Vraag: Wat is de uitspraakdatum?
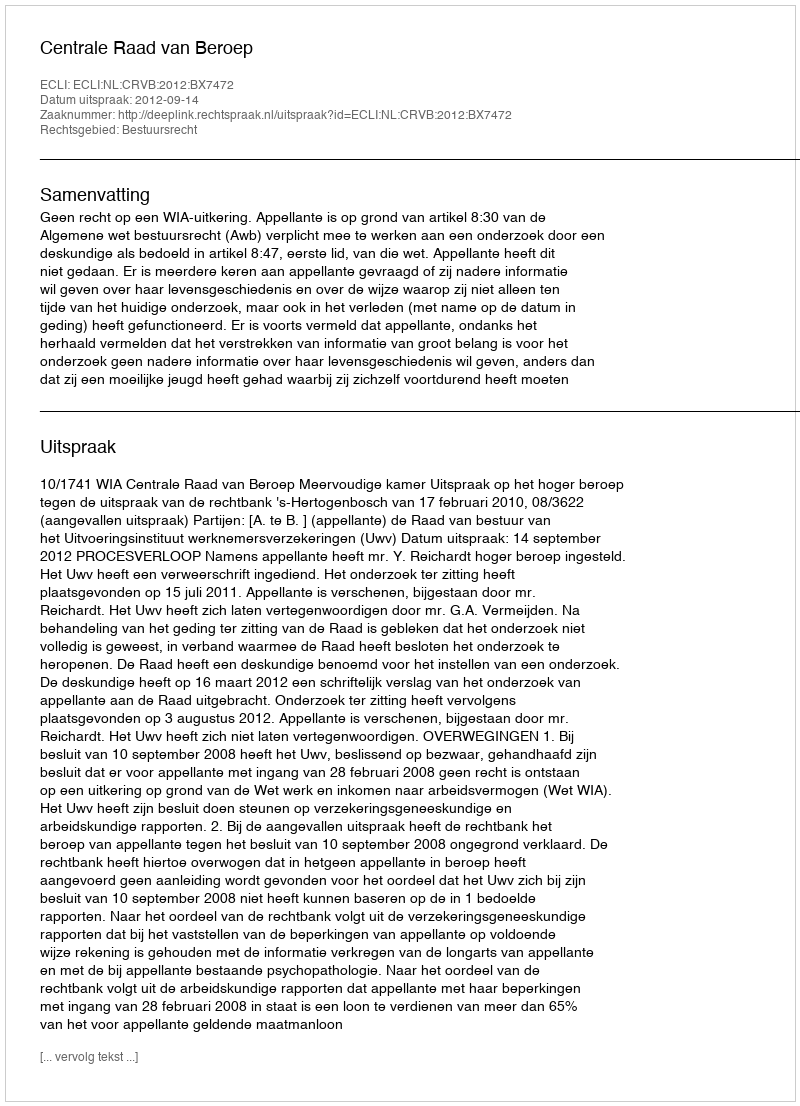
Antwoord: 2012-09-14